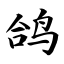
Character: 鸽